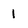
Character: 1